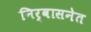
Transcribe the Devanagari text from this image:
निर्वासनेत